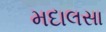
મદાલસા